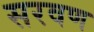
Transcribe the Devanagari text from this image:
सरवण